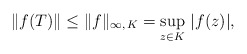
\begin{align*}\|f(T)\|\leq \|f\|_{\infty, \,K}=\sup_{z\in K}\, |f(z)|,\end{align*}